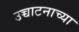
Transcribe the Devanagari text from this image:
उच्चाटनाच्या